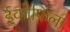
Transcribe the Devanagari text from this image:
ईकोफिला